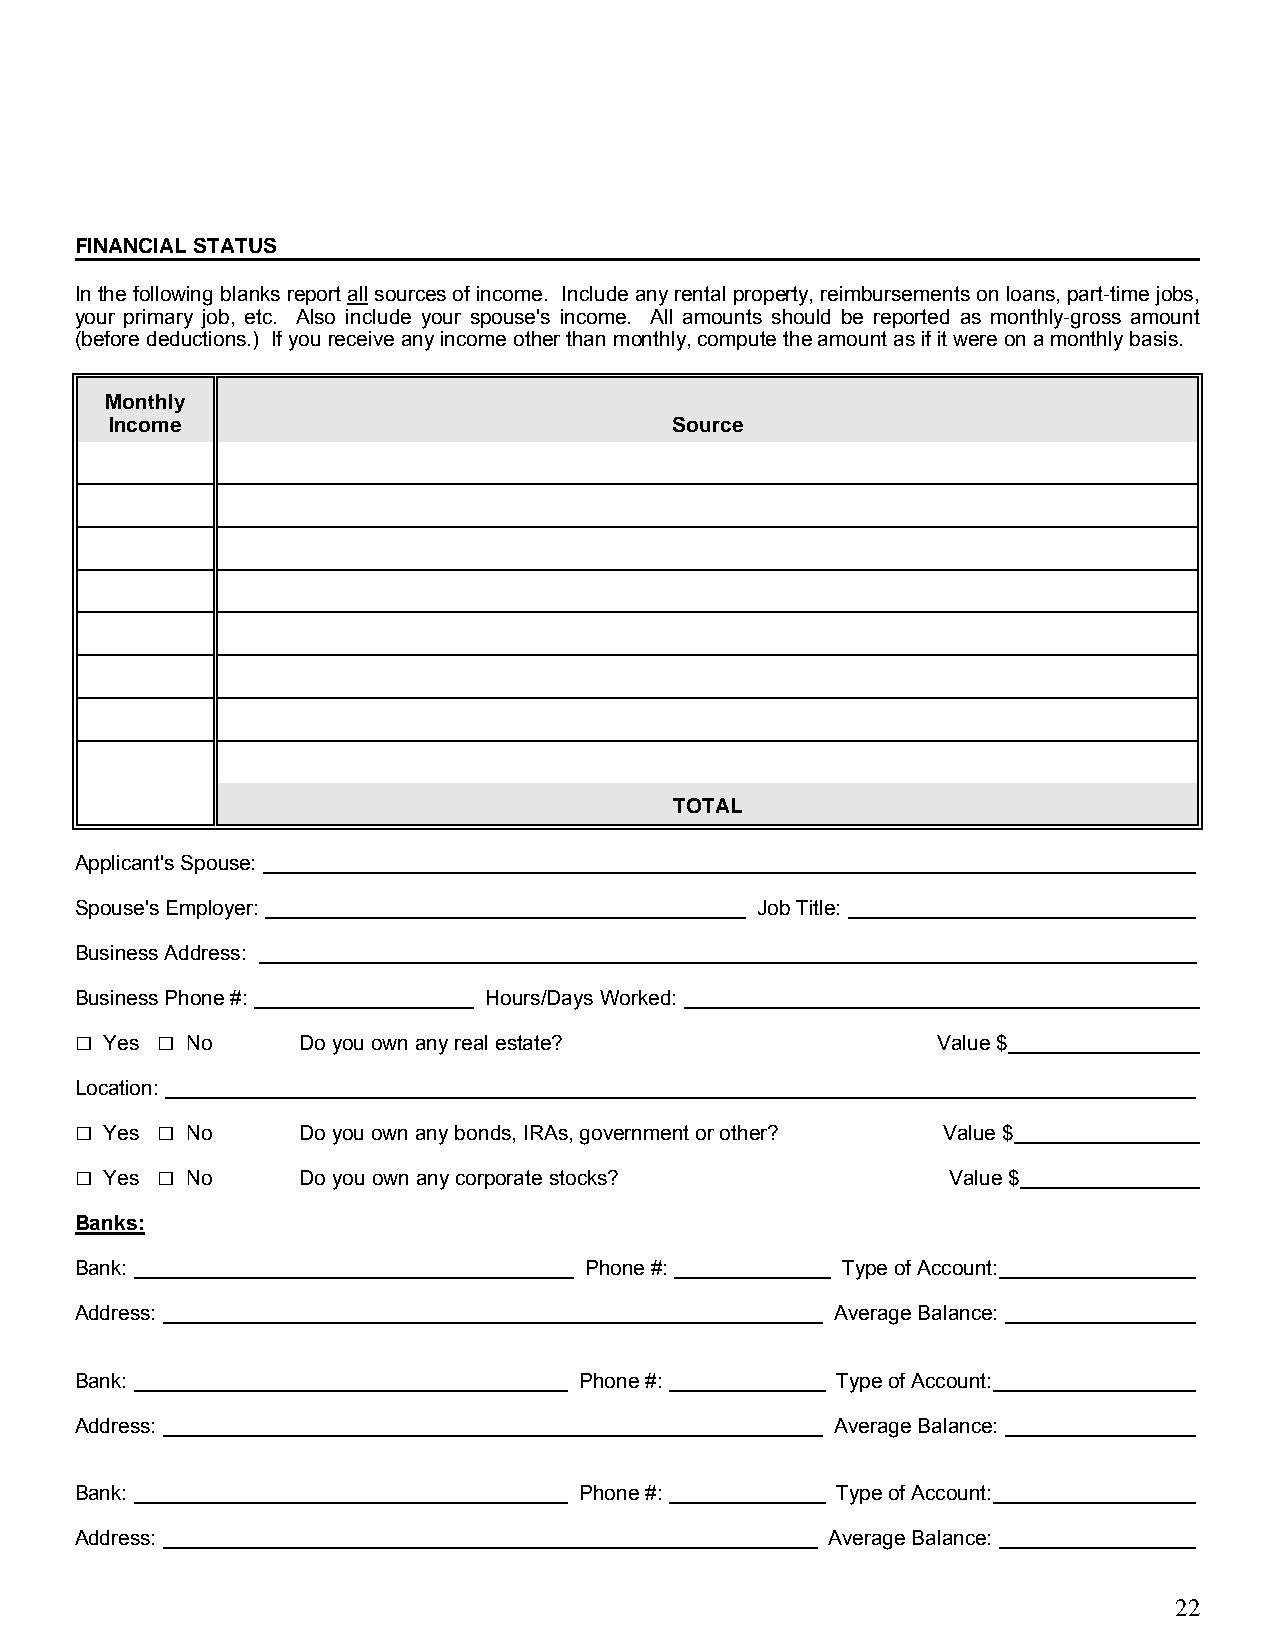
FINANCIAL STATUS
 In the following blanks report all sources of income. Include any rental property, reimbursements on loans, part-time jobs,
 your primary job, etc. Also include your spouse's income. All amounts should be reported as monthly-gross amount
 (before deductions.) If you receive any income other than monthly, compute the amount as if it were on a monthly basis.
 Monthly
 Income                                Source
 TOTAL
 Applicant's Spouse:                                ______________________________
 Spouse's Employer:                           Job Title:                _ _
 Business Address:                                                        _
 Business Phone #:          Hours/Days Worked:                             _
 □    □
 Yes  No      Do you own any real estate?               Value $ ____________
 Location:                                                                _
 □    □
 Yes  No      Do you own any bonds, IRAs, government or other? Value $ ______________
 □    □
 Yes  No      Do you own any corporate stocks?           Value $ _______________
 Banks:
 Bank:                             Phone #:         Type of Account:      _
 Address:                                          Average Balance:       _
 Bank:                            Phone #:         Type of Account:       _
 Address:                                          Average Balance:       _
 Bank:                            Phone #:         Type of Account:       _
 Address:                                          Average Balance:       _
 22